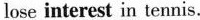
lose \underline{interest} in tennis.